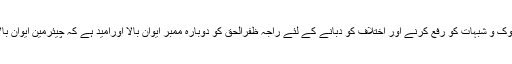
ان تمام شکوک و شبہات کو رفع کرنے اور اختلاف کو دبانے کے لئے راجہ ظفرالحق کو دوبارہ ممبر ایوان بالا اورامید ہے کہ چیئرمین ایوان بالا ہوں گے۔